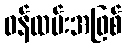
ဝန်ထမ်းအဖြစ်